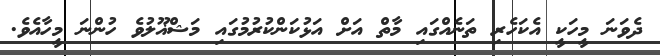
ދެވަނަ މީހަކީ އެކަހެރި ތަނެއްގައި މާތް އަށް އަޅުކަންކުރުމުގައި މަޝްޣޫލުވެ ހުންނަ މީހާއެވެ.